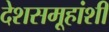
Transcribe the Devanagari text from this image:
देशसमू्हांशी